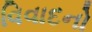
વિવાદનો